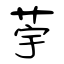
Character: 荢